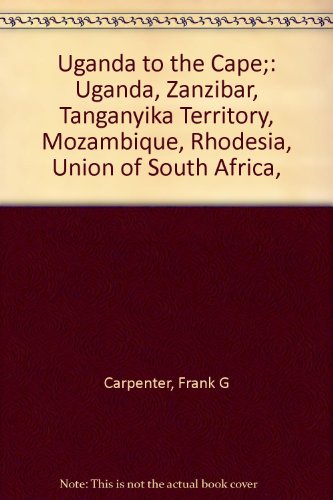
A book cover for Uganda to the Cape;: Uganda, Zanzibar, Tanganyika Territory, Mozambique, Rhodesia, Union of South Africa,; Frank G Carpenter; Travel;